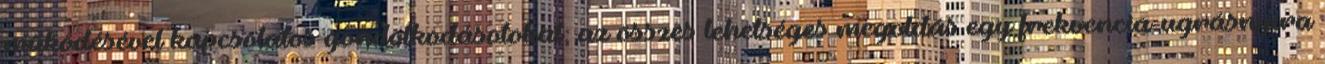
működésével kapcsolatos gondolkodásotokat; az összes lehetséges megoldás egy frekvencia-ugrásnyira